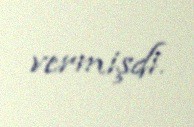
vermişdi.